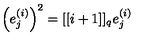
\left( e _ { j } ^ { ( i ) } \right) ^ { 2 } = [ [ i + 1 ] ] _ { { q } } e _ { j } ^ { ( i ) }